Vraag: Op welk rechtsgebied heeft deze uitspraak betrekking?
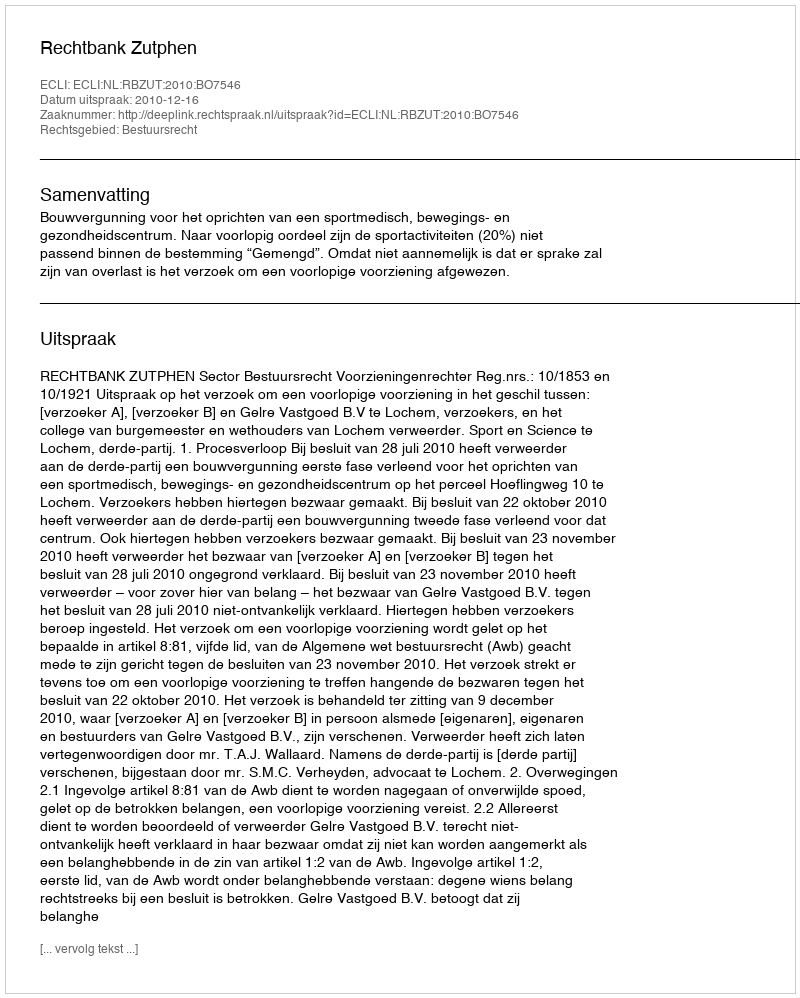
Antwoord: Bestuursrecht